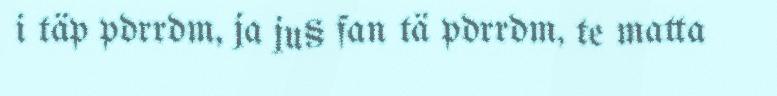
i täp pdrrdm, ja ju§ fan tä pdrrdm, te matta